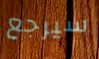
سيرجع